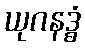
ယုဂနဒ္ဓံ